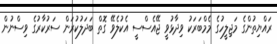
ރައްޔިތުންގެ މަޖިލީހުގެ މެމްބަރަކު ވިދާޅުވީ ޖޭއެސްސީ އެކުލެވޭ ގޮތް ބަދަލުކުރަން ސަރުކާރުގެ ވިސްނުން